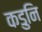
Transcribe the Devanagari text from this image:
कडुनि